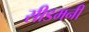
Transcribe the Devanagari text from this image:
सीडमनी